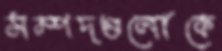
সম্পদগুলোকে